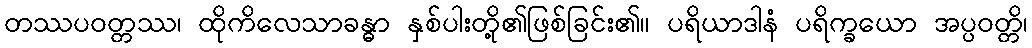
တဿပဝတ္တဿ၊ ထိုကိလေသာခန္ဓာ နှစ်ပါးတို့၏ဖြစ်ခြင်း၏။ ပရိယာဒါနံ ပရိက္ခယော အပ္ပဝတ္တိ၊